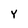
Character: Y